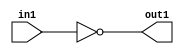
`timescale 1ps / 1ps
/*****************************************************************************
    Verilog RTL Description
    
    
    Created by: Stratus DpOpt 2019.1.01 
*******************************************************************************/

module DC_Filter_Not_1U_1U_1 (
	in1,
	out1
	); /* architecture "behavioural" */ 
input  in1;
output  out1;
wire  asc001;

assign asc001 = 
	((~in1));

assign out1 = asc001;
endmodule

/* CADENCE  urX3SAA= : u9/ySgnWtBlWxVPRXgAZ4Og= ** DO NOT EDIT THIS LINE ******/